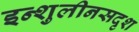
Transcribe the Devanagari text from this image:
इन्शुलीनसदृश